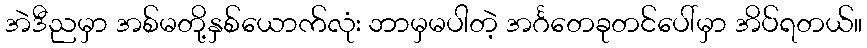
အဲဒီညမှာ အစ်မတို့နှစ်ယောက်လုံး ဘာမှမပါတဲ့ အင်္ဂတေခုတင်ပေါ်မှာ အိပ်ရတယ်။